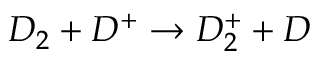
D _ { 2 } + D ^ { + } \rightarrow D _ { 2 } ^ { + } + D